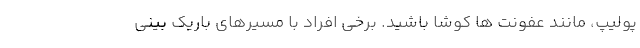
پولیپ، مانند عفونت ها کوشا باشید. برخی افراد با مسیرهای باریک بینی